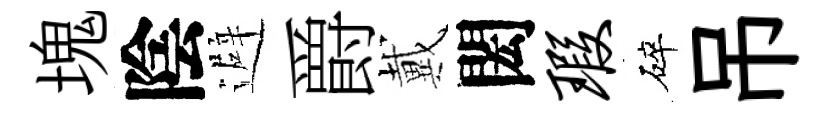
塊陰避爵戴閎瑕碎吊